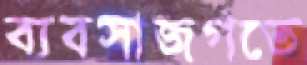
ব্যবসাজগতে